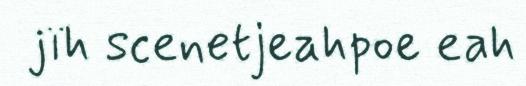
jïh scenetjeahpoe eah